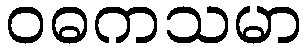
ဝဓကသမာ